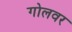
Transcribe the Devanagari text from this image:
गोलवर